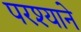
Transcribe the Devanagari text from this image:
परश्याने